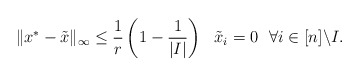
\begin{align*}\|x^*-\tilde x\|_\infty \le {1\over r}\left(1-{1\over |I|}\right) \ \ \tilde x_i=0\ \ \forall i\in[n]\backslash I.\end{align*}